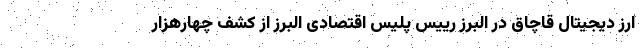
ارز دیجیتال قاچاق در البرز رییس پلیس اقتصادی البرز از کشف چهارهزار